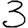
Digit: 3